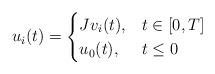
LaTeX: \begin{align*} u_i(t) = \begin{cases} J v_i(t), & t \in [0,T] \\ u_0(t), & t \le 0 \end{cases} \end{align*}